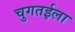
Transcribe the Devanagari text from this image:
चुगतईला